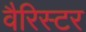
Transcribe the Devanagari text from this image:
वैरिस्टर